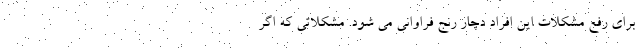
برای رفع مشکلات این افراد دچار رنج فراوانی می شود. مشکلاتی که اگر